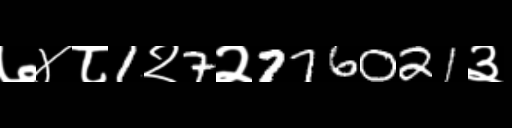
Text: ७४८1२7२776021३